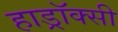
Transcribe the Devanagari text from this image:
हाड्रॉक्सी